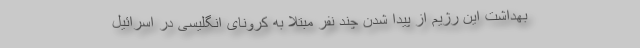
بهداشت این رژیم از پیدا شدن چند نفر مبتلا به کرونای انگلیسی در اسرائیل